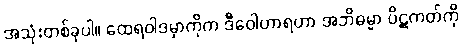
အသုံးတစ်ခုပါ။ ထေရဝါဒမှာကိုက ဒီဝေါဟာရဟာ အဘိဓမ္မာ ပိဋကတ်ကို